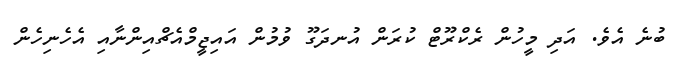
ބުނެ އެވެ. އަދި މީހުން ރެކްރޫޓް ކުރަން އުނދަގޫ ވުމުން އައިޖީމްއެޗްއިންނާއި އެހެނިހެން